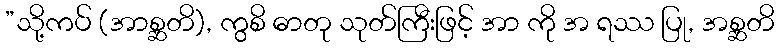
”သို့ကပ် (အာစ္ဆတိ), ကွစိ ဓာတု သုတ်ကြီးဖြင့် အာ ကို အ ရဿ ပြု, အစ္ဆတိ